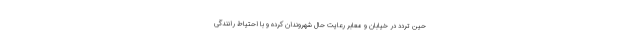
حین تردد در خیابان و معابر رعایت حال شهروندان کرده و با احتیاط رانندگی